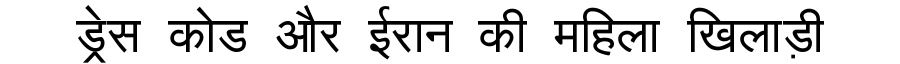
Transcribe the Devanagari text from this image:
ड्रेस कोड और ईरान की महिला खिलाड़ी